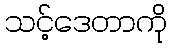
သင့်ဒေတာကို